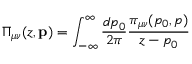
\Pi _ { \mu \nu } ( z , \mathbf { p } ) = \int _ { - \infty } ^ { \infty } \frac { d p _ { 0 } } { 2 \pi } \frac { \pi _ { \mu \nu } ( p _ { 0 } , p ) } { z - p _ { 0 } }